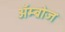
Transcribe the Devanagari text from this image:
ॲम्ब्रोज